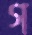
গ